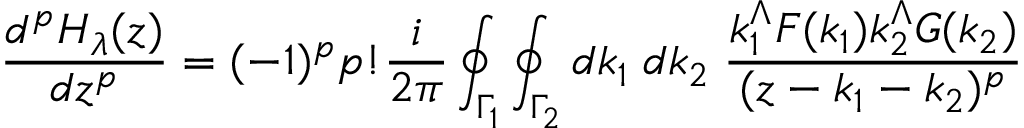
\frac { d ^ { p } H _ { \lambda } ( z ) } { d z ^ { p } } = ( - 1 ) ^ { p } p ! \frac { i } { 2 \pi } \oint _ { { \Gamma } _ { 1 } } \oint _ { { \Gamma } _ { 2 } } d k _ { 1 } \; d k _ { 2 } \; \frac { k _ { 1 } ^ { \Lambda } F ( k _ { 1 } ) k _ { 2 } ^ { \Lambda } G ( k _ { 2 } ) } { ( z - k _ { 1 } - k _ { 2 } ) ^ { p } }